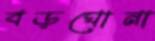
বড়ঘোনা